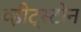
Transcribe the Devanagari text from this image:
व्हीट्स्टोन